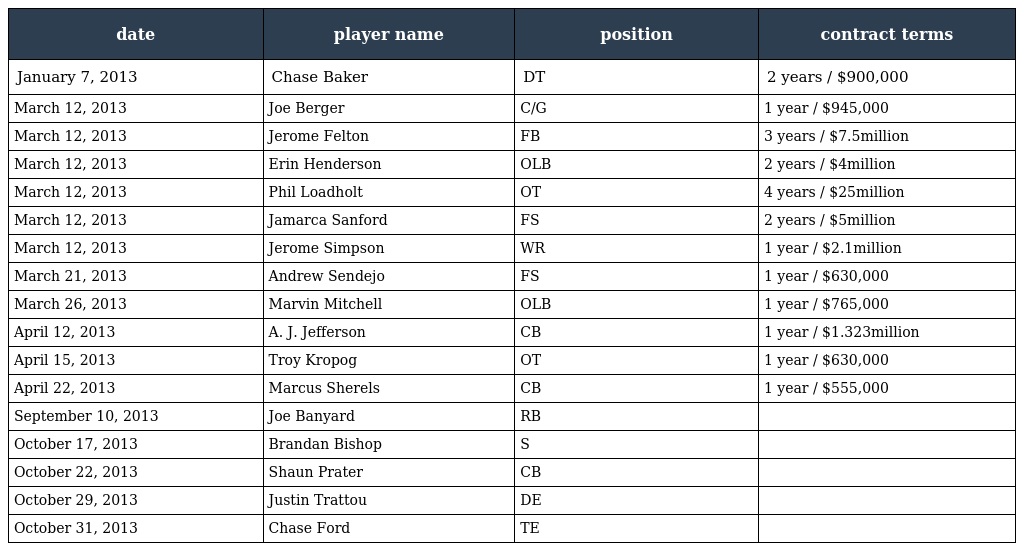
| date | player name | position | contract terms |
 | --- | --- | --- | --- |
 | January 7, 2013 | Chase Baker | DT | 2 years / $900,000 |
 | March 12, 2013 | Joe Berger | C/G | 1 year / $945,000 |
 | March 12, 2013 | Jerome Felton | FB | 3 years / $7.5million |
 | March 12, 2013 | Erin Henderson | OLB | 2 years / $4million |
 | March 12, 2013 | Phil Loadholt | OT | 4 years / $25million |
 | March 12, 2013 | Jamarca Sanford | FS | 2 years / $5million |
 | March 12, 2013 | Jerome Simpson | WR | 1 year / $2.1million |
 | March 21, 2013 | Andrew Sendejo | FS | 1 year / $630,000 |
 | March 26, 2013 | Marvin Mitchell | OLB | 1 year / $765,000 |
 | April 12, 2013 | A. J. Jefferson | CB | 1 year / $1.323million |
 | April 15, 2013 | Troy Kropog | OT | 1 year / $630,000 |
 | April 22, 2013 | Marcus Sherels | CB | 1 year / $555,000 |
 | September 10, 2013 | Joe Banyard | RB |  |
 | October 17, 2013 | Brandan Bishop | S |  |
 | October 22, 2013 | Shaun Prater | CB |  |
 | October 29, 2013 | Justin Trattou | DE |  |
 | October 31, 2013 | Chase Ford | TE |  |